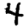
Digit: 4